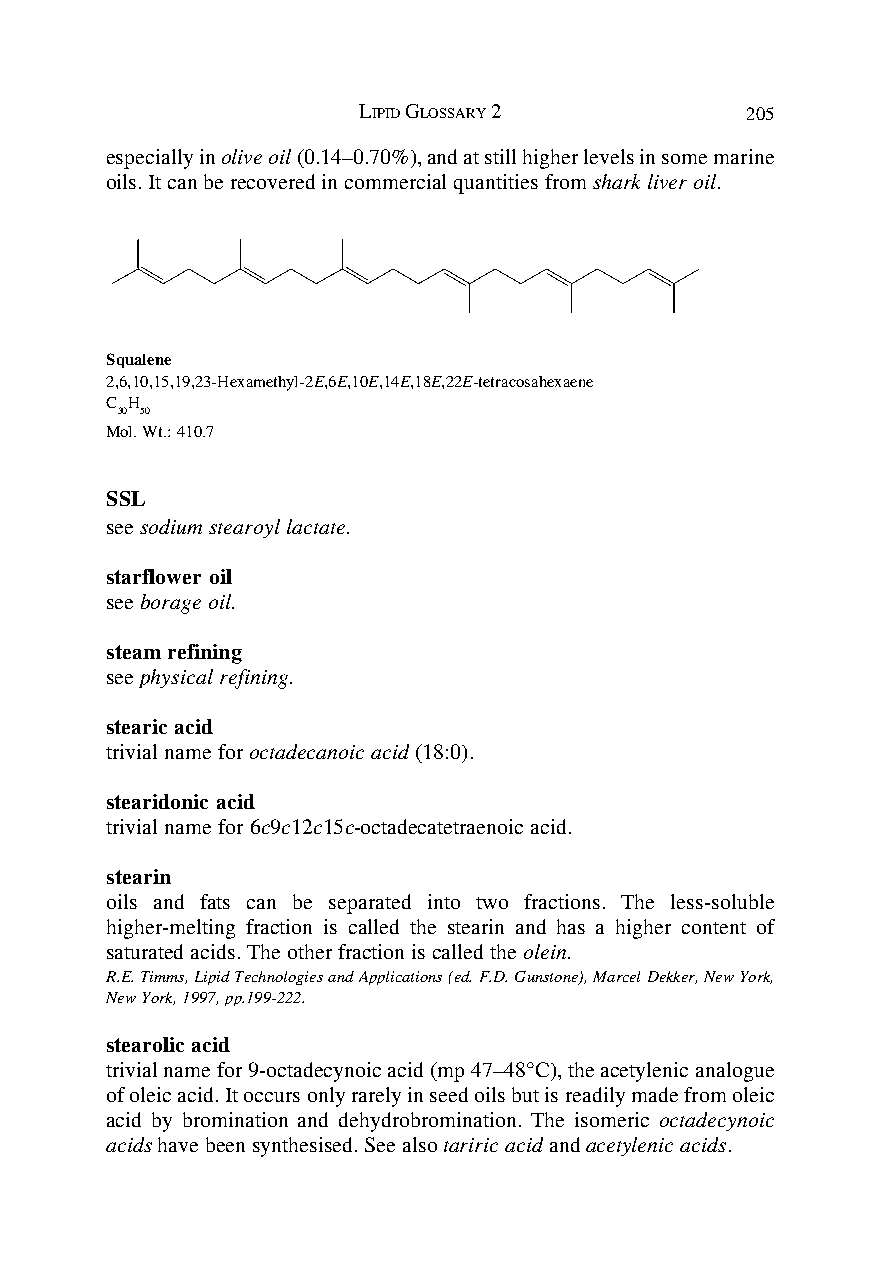
LIPID GLOSSARY 2         205
 especially in olive oil (0.14–0.70%), and at still higher levels in some marine
 oils. It can be recovered in commercial quantities from shark liver oil.
 Squalene
 2,6,10,15,19,23-Hexamethyl-2E,6E,10E,14E,18E,22E-tetracosahexaene
 C H
 30 50
 Mol. Wt.: 410.7
 SSL
 see sodium stearoyl lactate.
 starflower oil
 see borage oil.
 steam refining
 see physical refining.
 stearic acid
 trivial name for octadecanoic acid (18:0).
 stearidonic acid
 trivial name for 6c9c12c15c-octadecatetraenoic acid.
 stearin
 oils and fats can be separated into two fractions. The less-soluble
 higher-melting fraction is called the stearin and has a higher content of
 saturated acids. The other fraction is called the olein.
 R.E. Timms, Lipid Technologies and Applications (ed. F.D. Gunstone), Marcel Dekker, New York,
 New York, 1997, pp.199-222.
 stearolic acid
 trivial name for 9-octadecynoic acid (mp 47–48°C), the acetylenic analogue
 of oleic acid. It occurs only rarely in seed oils but is readily made from oleic
 acid by bromination and dehydrobromination. The isomeric octadecynoic
 acids have been synthesised. See also tariric acid and acetylenic acids.